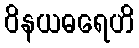
ဝိနယဓရေဟိ